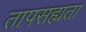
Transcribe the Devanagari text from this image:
तापसह्यता